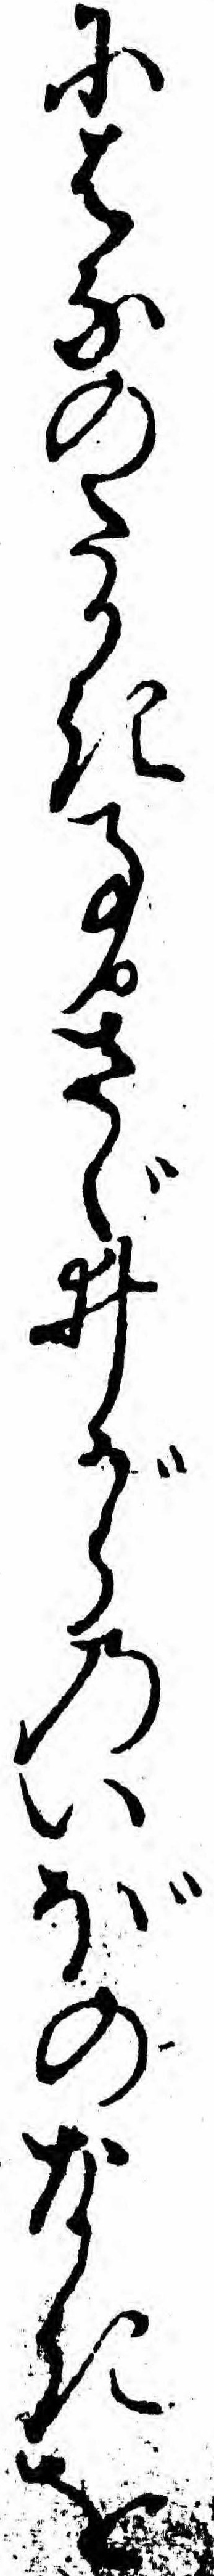
にはなのたかき事さゞゐがらのいぼのなきを